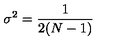
\sigma ^ { 2 } = { \frac { 1 } { 2 ( N - 1 ) } }